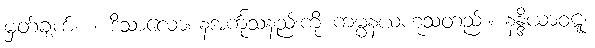
မှတ်ချက်။ ။ ဒိသာလောစနအင်္ကုသနည်းကို ကမ္မနယဟူသတည်း။ နန္ဒိယာဝဋ္ဋ၊